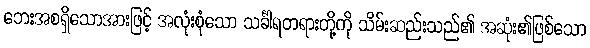
ဘေးအစရှိသောအားဖြင့် အလုံးစုံသော သင်္ခါရတရားတို့ကို သိမ်းဆည်းသည်၏ အဆုံး၏ဖြစ်သော